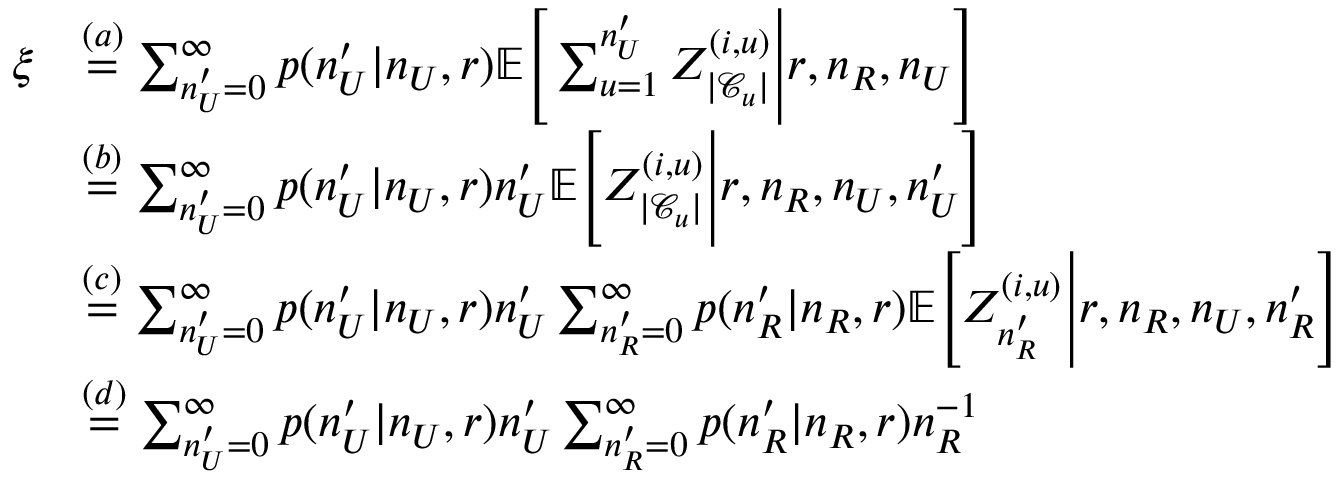
\begin{array} { r l } { \xi } & { \stackrel { ( a ) } { = } \sum _ { n _ { U } ^ { \prime } = 0 } ^ { \infty } p ( n _ { U } ^ { \prime } | n _ { U } , r ) \mathbb { E } \Bigg [ \sum _ { u = 1 } ^ { n _ { U } ^ { \prime } } Z _ { | \mathcal { C } _ { u } | } ^ { ( i , u ) } \Bigg | r , n _ { R } , n _ { U } \Bigg ] } \\ & { \stackrel { ( b ) } { = } \sum _ { n _ { U } ^ { \prime } = 0 } ^ { \infty } p ( n _ { U } ^ { \prime } | n _ { U } , r ) n _ { U } ^ { \prime } \mathbb { E } \Bigg [ Z _ { | \mathcal { C } _ { u } | } ^ { ( i , u ) } \Bigg | r , n _ { R } , n _ { U } , n _ { U } ^ { \prime } \Bigg ] } \\ & { \stackrel { ( c ) } { = } \sum _ { n _ { U } ^ { \prime } = 0 } ^ { \infty } p ( n _ { U } ^ { \prime } | n _ { U } , r ) n _ { U } ^ { \prime } \sum _ { n _ { R } ^ { \prime } = 0 } ^ { \infty } p ( n _ { R } ^ { \prime } | n _ { R } , r ) \mathbb { E } \Bigg [ Z _ { n _ { R } ^ { \prime } } ^ { ( i , u ) } \Bigg | r , n _ { R } , n _ { U } , n _ { R } ^ { \prime } \Bigg ] } \\ & { \stackrel { ( d ) } { = } \sum _ { n _ { U } ^ { \prime } = 0 } ^ { \infty } p ( n _ { U } ^ { \prime } | n _ { U } , r ) n _ { U } ^ { \prime } \sum _ { n _ { R } ^ { \prime } = 0 } ^ { \infty } p ( n _ { R } ^ { \prime } | n _ { R } , r ) n _ { R } ^ { - 1 } } \end{array}